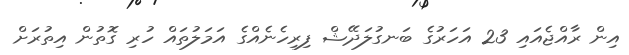
އިން ރާއްޖެއައި 23 އަހަރުގެ ބަނގުލަދޭޝް ފިރިހެނެއްގެ އަމަލުތައް ހުރި ގޮތުން އިތުރަށް